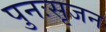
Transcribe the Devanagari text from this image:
पुनःसृजन